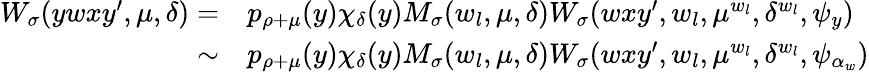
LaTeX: \begin{array}{rl}{W_{\sigma}(ywxy^{\prime},\mu,\delta)=}&{p_{\rho+\mu}(y)\chi_{\delta}(y)M_{\sigma}(w_{l},\mu,\delta)W_{\sigma}(wxy^{\prime},w_{l},\mu^{w_{l}},\delta^{w_{l}},\psi_{y})}\\ {\sim}&{p_{\rho+\mu}(y)\chi_{\delta}(y)M_{\sigma}(w_{l},\mu,\delta)W_{\sigma}(wxy^{\prime},w_{l},\mu^{w_{l}},\delta^{w_{l}},\psi_{\alpha_{w}})}\end{array}